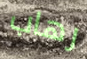
رهاب